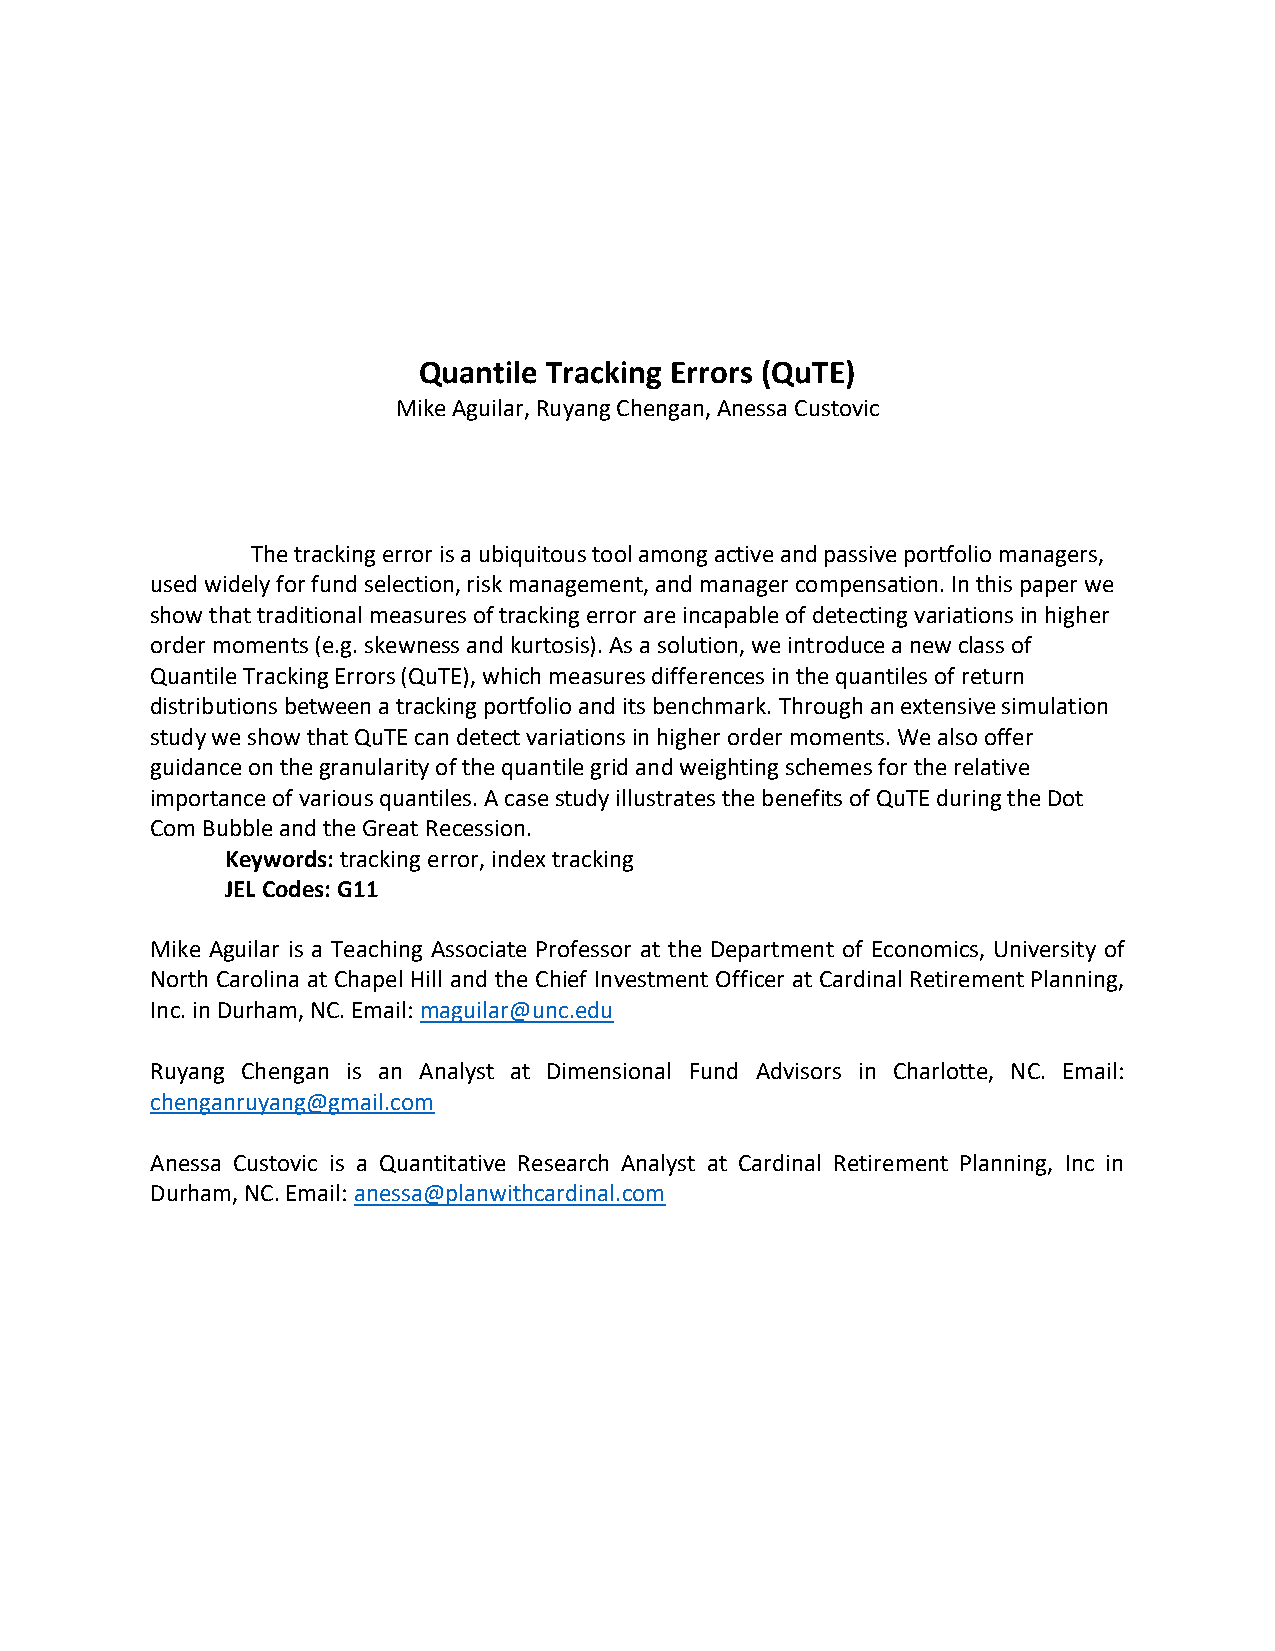
Quantile Tracking Errors (QuTE)
 Mike Aguilar, Ruyang Chengan, Anessa Custovic
 The tracking error is a ubiquitous tool among active and passive portfolio managers,
 used widely for fund selection, risk management, and manager compensation. In this paper we
 show that traditional measures of tracking error are incapable of detecting variations in higher
 order moments (e.g. skewness and kurtosis). As a solution, we introduce a new class of
 Quantile Tracking Errors (QuTE), which measures differences in the quantiles of return
 distributions between a tracking portfolio and its benchmark. Through an extensive simulation
 study we show that QuTE can detect variations in higher order moments. We also offer
 guidance on the granularity of the quantile grid and weighting schemes for the relative
 importance of various quantiles. A case study illustrates the benefits of QuTE during the Dot
 Com Bubble and the Great Recession.
 Keywords: tracking error, index tracking
 JEL Codes: G11
 Mike Aguilar is a Teaching Associate Professor at the Department of Economics, University of
 North Carolina at Chapel Hill and the Chief Investment Officer at Cardinal Retirement Planning,
 Inc. in Durham, NC. Email: maguilar@unc.edu
 Ruyang Chengan is an Analyst at Dimensional Fund Advisors in Charlotte, NC. Email:
 chenganruyang@gmail.com
 Anessa Custovic is a Quantitative Research Analyst at Cardinal Retirement Planning, Inc in
 Durham, NC. Email: anessa@planwithcardinal.com